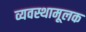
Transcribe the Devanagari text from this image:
व्यवस्थामूलक